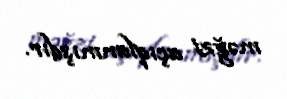
məğzi açıqlanmışdır.